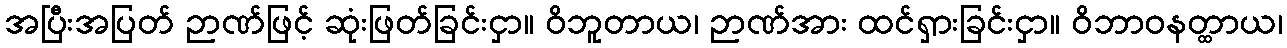
အပြီးအပြတ် ဉာဏ်ဖြင့် ဆုံးဖြတ်ခြင်းငှာ။ ဝိဘူတာယ၊ ဉာဏ်အား ထင်ရှားခြင်းငှာ။ ဝိဘာဝနတ္ထာယ၊